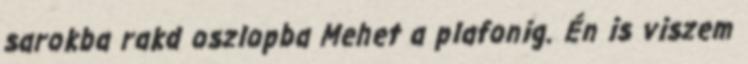
sarokba rakd oszlopba Mehet a plafonig. Én is viszem